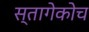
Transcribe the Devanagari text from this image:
स्तागेकोच